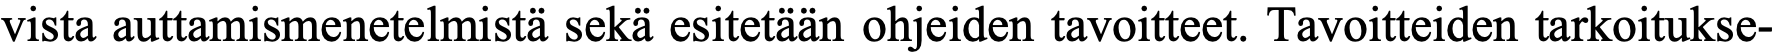
vista auttamismenetelmistä sekä esitetään ohjeiden tavoitteet. Tavoitteiden tarkoitukse-